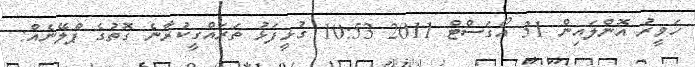
ހަވީރު އޮންލައިން 31 އޯގަސްޓް 2011 10:53 ގުޅީފަޅު ތަރައްގީކުރާނެ ގޮތުގެ ޕްލޭނެއް: